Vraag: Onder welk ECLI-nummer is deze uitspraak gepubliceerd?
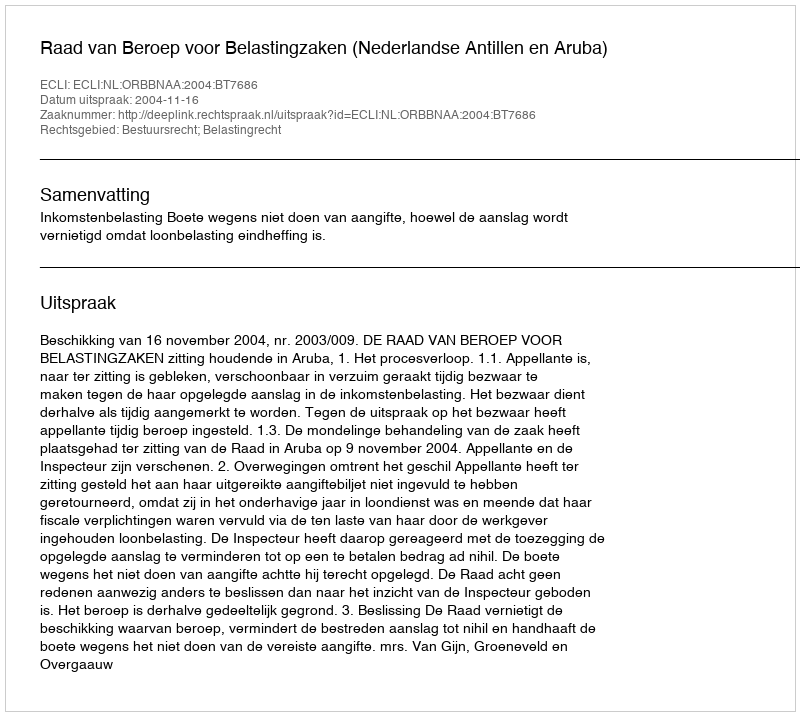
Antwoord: ECLI:NL:ORBBNAA:2004:BT7686